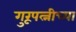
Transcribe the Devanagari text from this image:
गुरूपत्नीच्या